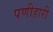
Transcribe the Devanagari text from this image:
पणीहारी